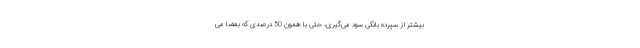
بیشتر از سپرده بانکی سود می­گیری، حتی با همون 50 درصدی که بعضا می